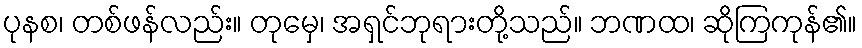
ပုနစ၊ တစ်ဖန်လည်း။ တုမှေ၊ အရှင်ဘုရားတို့သည်။ ဘဏထ၊ ဆိုကြကုန်၏။